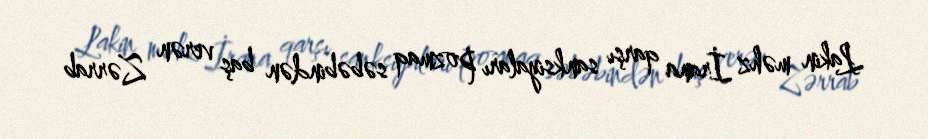
Lakin məhz İrana qarşı sanksiyaları pozmaq səbəbindən baş verən Zərrab